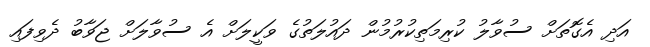
އަދި އެގޮތަށް ސުވާލު ކުރިމަތިކުރުމުން ދައުލަތުގެ ވަކީލަށް އެ ސުވާލަށް ޖަވާބު ދެވިފައި